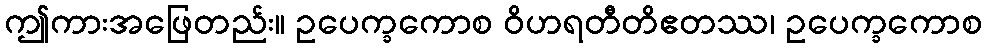
ဤကားအဖြေတည်း။ ဥပေက္ခကောစ ဝိဟရတီတိဧတဿ၊ ဥပေက္ခကောစ